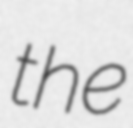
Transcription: the